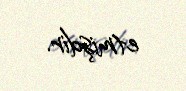
etmişdir.